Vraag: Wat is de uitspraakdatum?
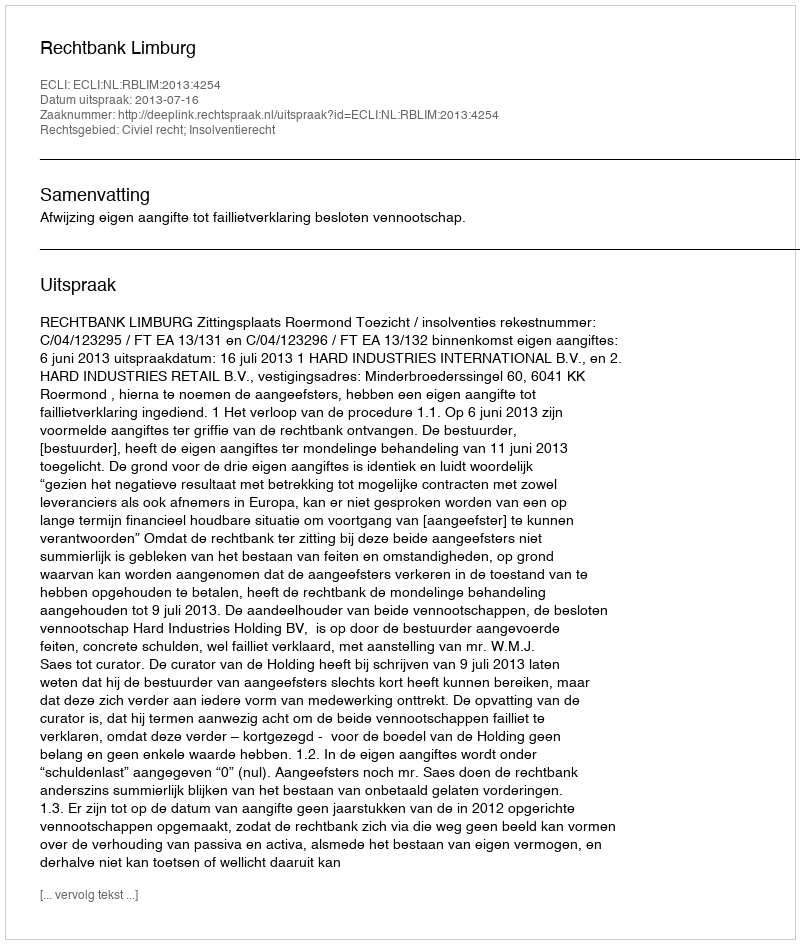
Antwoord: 2013-07-16